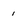
Character: 1